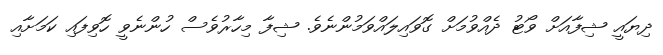
ދިޔައީ ޝިފާއަށް ވޯޓު ދެއްވުމަށް ގޮވައިލައްވަމުންނެވެ. ޝިފާ މިހާރުވެސް ހުންނެވީ ހޮވިފައި ކަމަށާއި